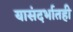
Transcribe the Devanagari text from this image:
यासंदर्भातही